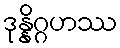
ဒုန္နိဂ္ဂဟဿ